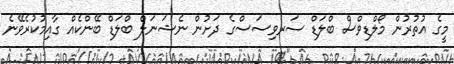
މީގެ އުތުރުން މޯލްޑިވްސް ބްލަޑް ސަރވިސަސްގެ ދަށުން ނެޝަނަލް ބްލަޑް ބޭންކެއް ގާއިމުކުރެވޭނެ